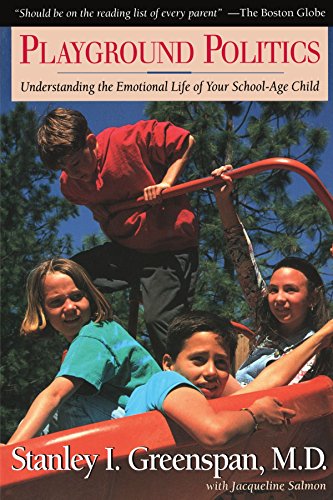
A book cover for Playground Politics: Understanding the Emotional Life of Your School-Age Child; Stanley I. Greenspan; Self-Help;